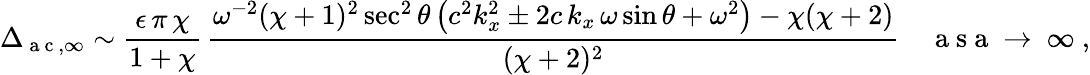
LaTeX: \Delta_{\mathrm{~a~c~},\infty}\sim\frac{\epsilon\, \pi\, \chi}{1+\chi}\, \frac{\omega^{-2}(\chi+1)^{2}\sec^{2}\theta\left(c^{2}k_{x}^{2}\pm 2c\, k_{x}\, \omega\sin\theta+\omega^{2}\right)-\chi(\chi+2)}{(\chi+2)^{2}}\quad\mathrm{~a~s~a~\to~\infty~},